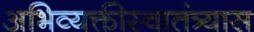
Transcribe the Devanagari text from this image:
अभिव्यक्तीस्वातंत्र्यास